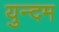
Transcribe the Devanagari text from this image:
युन्दम